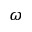
\omega